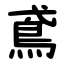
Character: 鳶